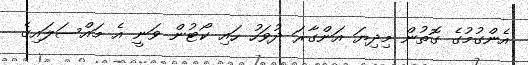
އެންގުމުގެ ގޮތުން މިދިޔަ އަންގާރަ ދުވަހު ހައި ކޯޓުން ވަނީ އެ މައްސަލައިގެ